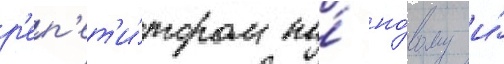
р'еп'ет'и́тором по́ но́вому и́